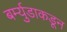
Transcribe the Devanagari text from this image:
बर्म्युडाकडून